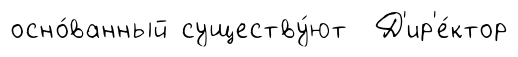
осно́ванный существу́ют Д'ир'е́ктор